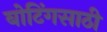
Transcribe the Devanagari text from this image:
बोटिंगसाठी